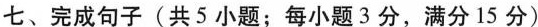
七、完成句子(共5 小题;每小题 3 分,满分 15 分)